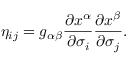
\eta _ { i j } = g _ { \alpha \beta } \frac { \partial x ^ { \alpha } } { \partial \sigma _ { i } } \frac { \partial x ^ { \beta } } { \partial \sigma _ { j } } .